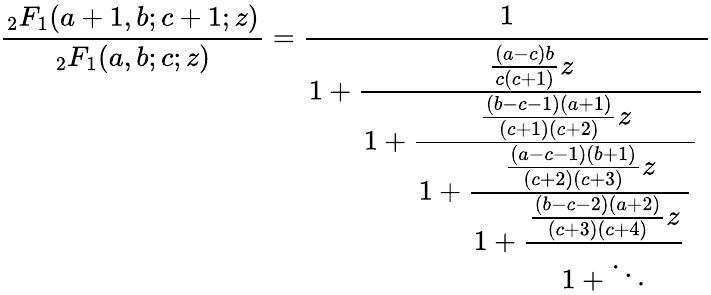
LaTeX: {\frac{_{2}F_{1}(a+1,b;c+1;z)}{_{2}F_{1}(a,b;c;z)}}={\cfrac{1}{1+{\cfrac{{\frac{(a-c)b}{c(c+1)}}z}{1+{\cfrac{{\frac{(b-c-1)(a+1)}{(c+1)(c+2)}}z}{1+{\cfrac{{\frac{(a-c-1)(b+1)}{(c+2)(c+3)}}z}{1+{\cfrac{{\frac{(b-c-2)(a+2)}{(c+3)(c+4)}}z}{1+\ddots}}}}}}}}}}